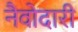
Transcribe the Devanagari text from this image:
नैवोदारी